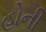
હોની